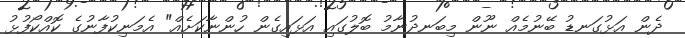
ދެން އަޅުގަނޑު ބޭނުމެއް ނޫން މިބަނދުނާމު ބޮލުގައި އަޅައިގެން ހުންނާކަށެއް" އެމަނިކުފާނުގެ ކޮއްކޯފުޅު